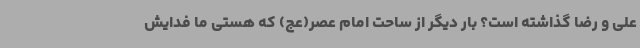
علی و رضا گذاشته است؟ بار دیگر از ساحت امام عصر(عج) که هستی ما فدایش